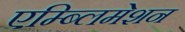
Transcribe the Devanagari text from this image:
एम्ब्लिमेशन